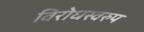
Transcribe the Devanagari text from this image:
विरोधस्वरुप